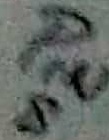
Text: PIN8